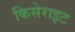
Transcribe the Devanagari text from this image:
किसेराइट